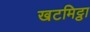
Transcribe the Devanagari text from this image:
खटमिट्ठा